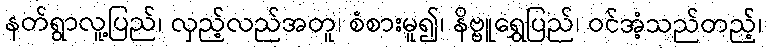
နတ်ရွာလူ့ပြည်၊ လှည့်လည်အတူ၊ စံစားမူ၍၊ နိဗ္ဗူရွှေပြည်၊ ဝင်အံ့သည်တည့်၊